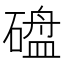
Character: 𪿱